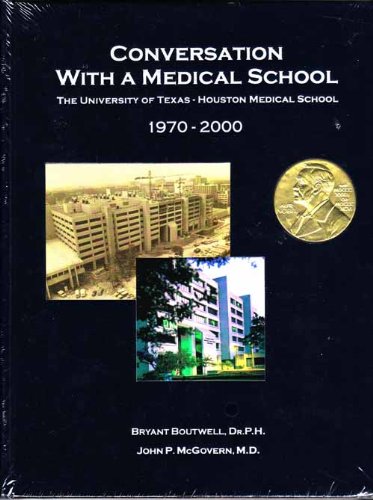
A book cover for Conversation With A Medical School: The University of Texas-Houston Medical School 1970-2000; Bryant Boutwell; Education & Teaching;